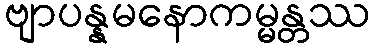
ဗျာပန္နမနောကမ္မန္တဿ